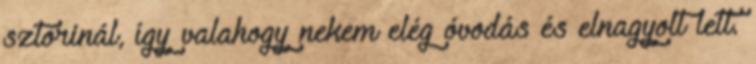
sztorinál, így valahogy nekem elég óvodás és elnagyolt lett.